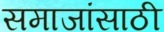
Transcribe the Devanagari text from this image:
समाजांसाठी